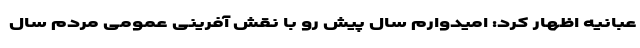
عبانیه اظهار کرد: امیدوارم سال پیش رو با نقش آفرینی عمومی مردم سال